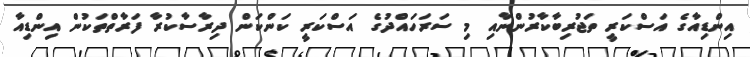
އިންޑިއާގެ އަސްކަރީ ތަޖުރިބާކާރުންނާއި މި ސަރަހައްދުގެ އަސްކަރީ ކަންކަން ދިރާސާކުރާ ފަރާތްތަކުން އިންޑިއާ